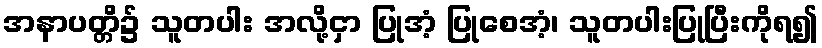
အနာပတ္တိ၌ သူတပါး အလို့ငှာ ပြုအံ့ ပြုစေအံ့၊ သူတပါးပြုပြီးကိုရ၍